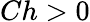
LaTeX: Ch>0